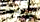
سيكون